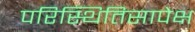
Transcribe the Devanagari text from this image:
परिस्थितिसापेक्ष